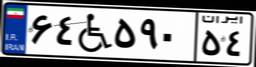
۶۴W۵۹۰۵۴